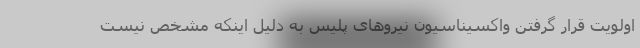
اولویت قرار گرفتن واکسیناسیون نیروهای پلیس به دلیل اینکه مشخص نیست